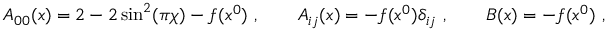
A _ { 0 0 } ( x ) = 2 - 2 \sin ^ { 2 } ( \pi \chi ) - f ( x ^ { 0 } ) \ , \qquad A _ { i j } ( x ) = - f ( x ^ { 0 } ) \delta _ { i j } \ , \qquad B ( x ) = - f ( x ^ { 0 } ) \ ,